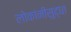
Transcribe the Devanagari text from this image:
लोकांनीसुद्धा